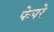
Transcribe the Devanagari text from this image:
फेपरे